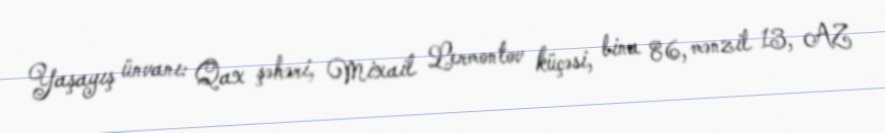
Yaşayış ünvanı: Qax şəhəri, Mixail Lermontov küçəsi, bina 86, mənzil 13, AZ